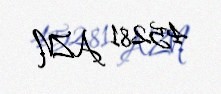
45281 AZN